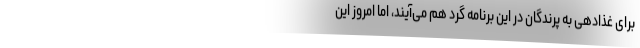
برای غذادهی به پرندگان در این برنامه گرد هم می‌آیند، اما امروز این